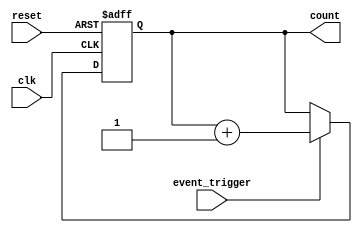
module event_triggered_counter (
    input wire clk,            // Clock input
    input wire reset,          // Asynchronous reset input
    input wire event_trigger,  // Event trigger input
    output reg [15:0] count    // 16-bit count output
);

    // Memory block (reg array) to hold the count value
    reg [15:0] memory_block; 

    // Synchronous operation for counting
    always @(posedge clk or posedge reset) begin
        if (reset) begin
            memory_block <= 16'b0;  // Clear the count on reset
        end else if (event_trigger) begin
            memory_block <= memory_block + 1; // Increment count on event trigger
        end
    end

    // Continuous assignment to reflect current count output
    always @(*) begin
        count = memory_block; // Output current count value
    end

endmodule